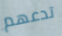
تدعهم